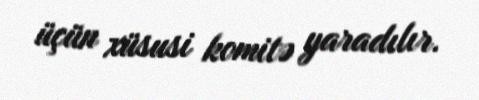
üçün xüsusi komitə yaradılır.